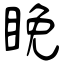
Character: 睌